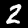
Digit: 2